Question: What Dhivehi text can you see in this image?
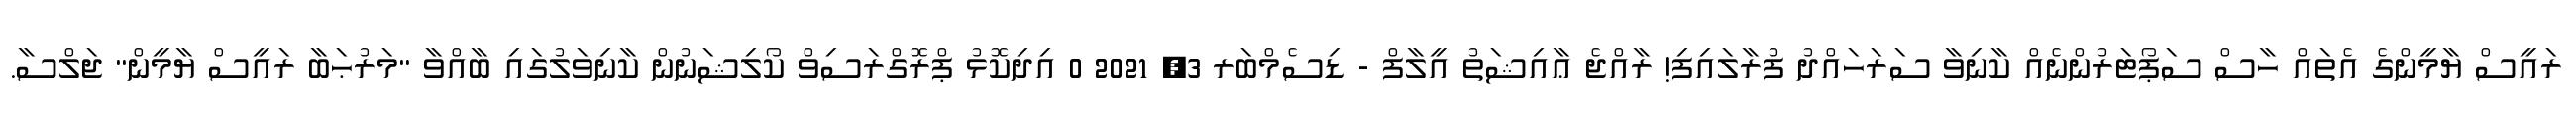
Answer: ރައީސް ޔާމީންގެ އެތައް ހާސް ސަޕޯޓަރުންނެއް ކާނިވާ ސަރަހައްދު ފުރާލައިފި! ރާއްޖެ ޢާއިޝަތު އީލާފް - ޑިސެމްބަރ 3, 2021 0 އިދިކޮޅު ޕްރޮގްރަސިވް ކޯލިޝަނުން ކާނިވަލުގައި ބާއްވާ "މަރުޙަބާ ރައީސް ޔާމީން" ޖަލްސާ.